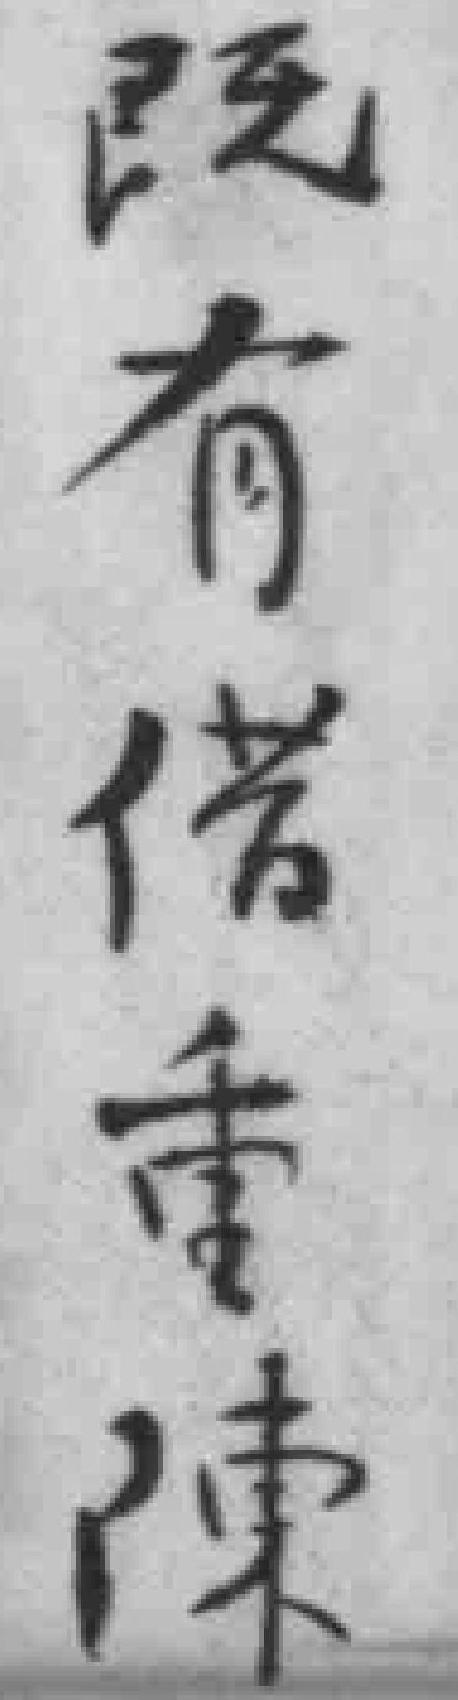
既有借重陳